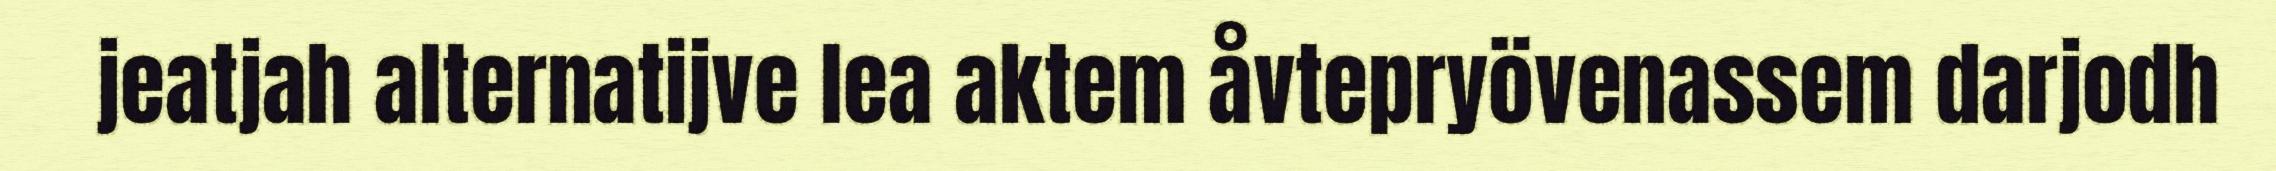
jeatjah alternatijve lea aktem åvtepryövenassem darjodh